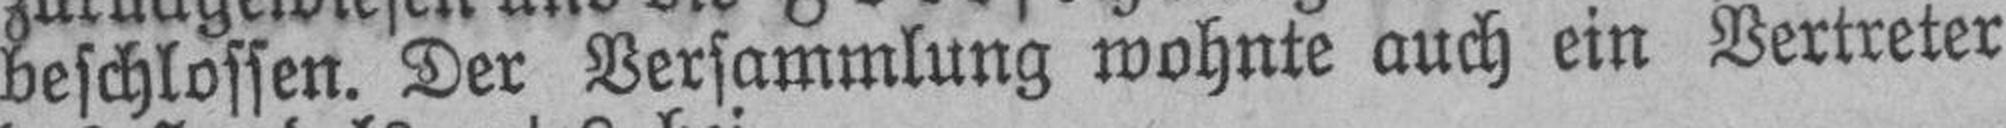
beschlossen. Der Versammlung wohnte auch ein Vertreter